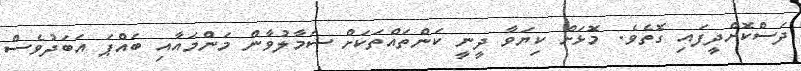
ދަސްކޮށްދީފައި ގޮތެވެ. މޮޅަށް ކިޔަވާ ދީނީ ކަންތައްތަކަށް ސަމާލުވާން މަންމައާއި ބައްޕަ އަބަދުވެސް